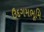
ઉદગમભૂમિ